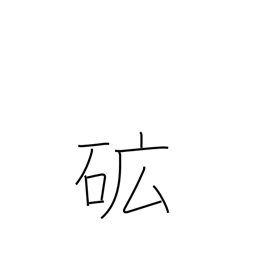
Meaning: ore